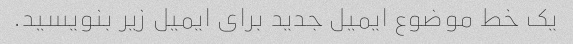
یک خط موضوع ایمیل جدید برای ایمیل زیر بنویسید.